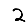
Digit: 2